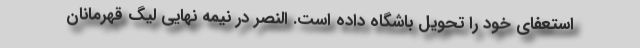
استعفای خود را تحویل باشگاه داده است. النصر در نیمه نهایی لیگ قهرمانان